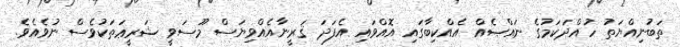
ތަބުނިއްޔަތު ހުއްދަކަމުގެ ނައްޞެއް އެއްކިބާގައި އޮއްވައި އެފަދަ ޤަރީނާއެއްވިޔަސް މޫސަވީ ޝަރީޢަތަކުވެސް ނުވެއެވެ.